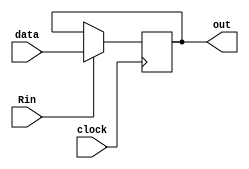
module Registrador(clock,Rin,out,data);
	input clock, Rin;
	input [15:0] data;
	output reg [15:0] out;
	
	initial begin
		out = 16'b0;
	end
	
	always@(posedge clock) begin 
		if(Rin) begin
			out = data;
		end
	end
endmodule